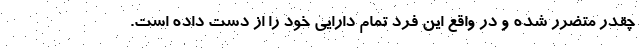
چقدر متضرر شده و در واقع این فرد تمام دارایی خود را از دست داده است.